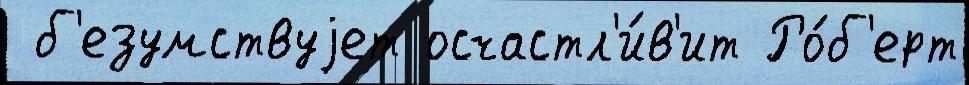
 б'езумствуjет осчастл'и́в'ит Ро́б'ерт